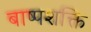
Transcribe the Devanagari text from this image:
बाष्पशक्ति